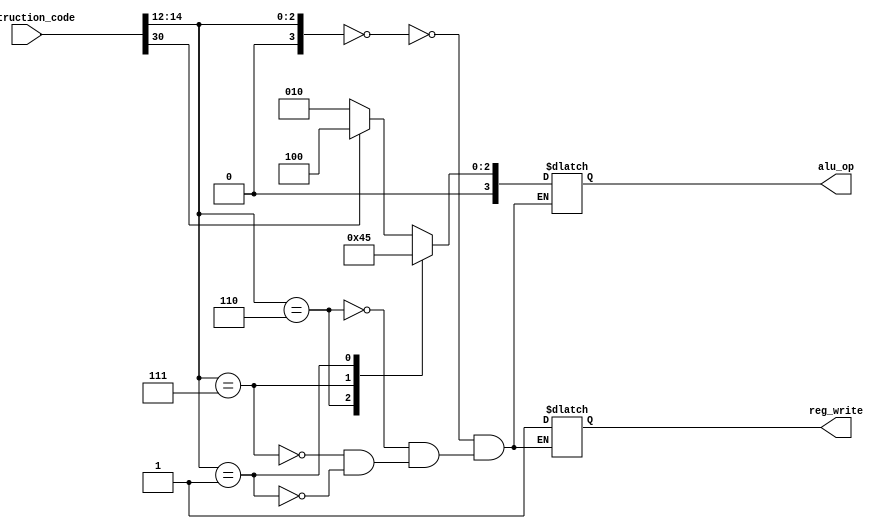
`timescale 1ns / 1ps
//////////////////////////////////////////////////////////////////////////////////
// Company: 
// Engineer: 
// 
// Design Name: 
// Module Name: ctrl_unit
// Project Name: 
// Target Devices: 
// Tool Versions: 
// Description: 
// 
// Dependencies: 
// 
// Revision:
// Revision 0.01 - File Created
// Additional Comments:
// 
//////////////////////////////////////////////////////////////////////////////////


module ctrl_unit(
    input [31:0] instruction_code,
    output reg [3:0] alu_op, 
    output reg reg_write
    );
    
wire [3:0] func3;

assign func3 = instruction_code[14:12];

always @(*)
begin  
    
    case (func3)
    3'b000: 
        begin   
            {reg_write,alu_op} = (instruction_code[30])? 5'b1_0100 : 5'b1_0010;    // sub or add
         end
    3'b110: 
        begin 
            {reg_write,alu_op} = 5'b1_0001;   // or
        end 
    3'b111: 
        begin 
            {reg_write,alu_op} = 5'b1_0000;   // and
        end 
    3'b001: 
        begin 
            {reg_write,alu_op} = 5'b1_0101;   // sll
        end 
    3'b110: 
        begin
            {reg_write,alu_op} = 5'b1_0110;   // srl
        end 
    endcase
end
endmodule